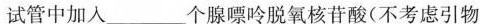
试管中加入_______个腺嘌呤脱氧核苷酸(不考虑引物